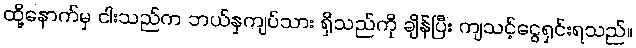
ထို့နောက်မှ ငါးသည်က ဘယ်နှကျပ်သား ရှိသည်ကို ချိန်ပြီး ကျသင့်ငွေရှင်းရသည်။